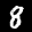
Label: 8